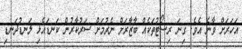
އަހަރަށް ވާނެ އެވެ. ގިނަ ރިސޯޓުތަކެއް ބާޒާރަށް ނެރުމަށް ސަރުކާރުން ކަނޑައެޅި ލަނޑުދަނޑި